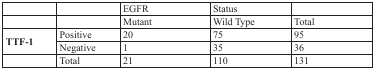
|  |  | EGFR | Status |  |
 |  |  | Mutant | Wild Type | Total |
 | --- | --- | --- | --- | --- |
 | <ROWSPAN=2> TTF-1 | Positive | 20 | 75 | 95 |
 | Negative | 1 | 35 | 36 |
 |  | Total | 21 | 110 | 131 |